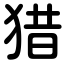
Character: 猎